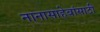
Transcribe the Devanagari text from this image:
नानासाहेबांसाठी